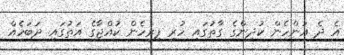
އެ ދެ އަންހެން ކުދިންގެ ގާތުގައި ހުރި ފިރިހެން ކުއްޖާގެ އަތުގައި ދަބަހެއް